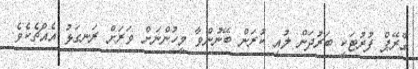
ގްރޭޕް ފުރުޓަކީ ބަރުދަން ލުއި ކުރަން ބޭނުންވާ މީހުންނަށް ވަރަށް ރަނގަޅު އެއްޗެކެވެ.